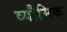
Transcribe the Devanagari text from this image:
व्यौमिक